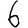
Digit: 6